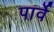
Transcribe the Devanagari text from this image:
पार्वे